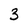
Character: 3